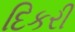
દિકરી